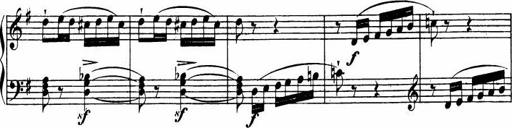
Title: Le bouquetier
Composer: Anton Diabelli
Key: G major
 C major
 F major
 C major